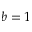
b = 1